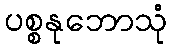
ပစ္စနုဘောသုံ